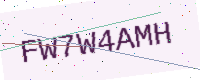
Text: FW7W4AMH